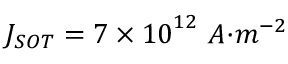
J _ { { S O T } } = 7 \times { 1 0 } ^ { 1 2 } { \ A } { { · } } { { m } } ^ { { - 2 } }